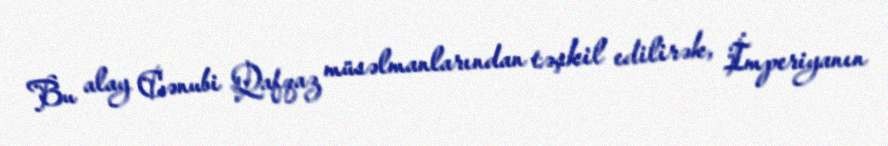
Bu alay Cənubi Qafqaz müsəlmanlarından təşkil edilirək, İmperiyanın